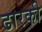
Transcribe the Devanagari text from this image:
ढारकी